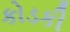
કોડકી